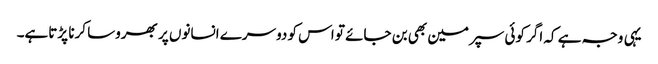
یہی وجہ ہے کہ اگر کوئی سپرمین بھی بن جائے تو اس کو دوسرے انسانوں پر بھروسا کرنا پڑتاہے۔